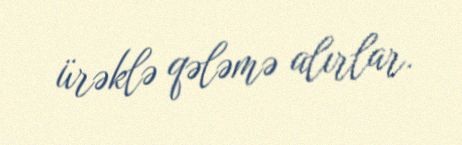
ürəklə qələmə alırlar.